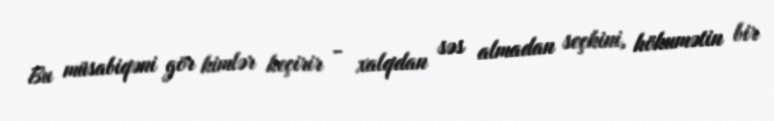
Bu müsabiqəni gör kimlər keçirir - xalqdan səs almadan seçkini, hökumətin bir